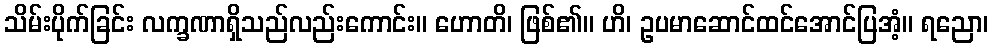
သိမ်းပိုက်ခြင်း လက္ခဏာရှိသည်လည်းကောင်း။ ဟောတိ၊ ဖြစ်၏။ ဟိ၊ ဥပမာဆောင်ထင်အောင်ပြအံ့။ ရညော၊